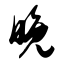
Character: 晚